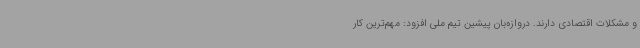
و مشکلات اقتصادی دارند. دروازه‌بان پیشین تیم ملی افزود: مهم‌ترین کار